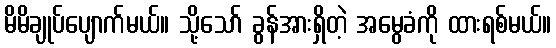
မိမိချုပ်ပျောက်မယ်။ သို့သော် ခွန်အားရှိတဲ့ အမွေခံကို ထားရစ်မယ်။